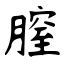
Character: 膣